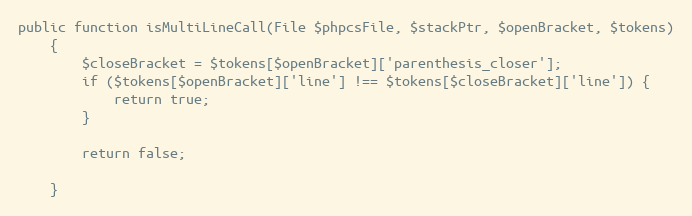
Language: PHP
public function isMultiLineCall(File $phpcsFile, $stackPtr, $openBracket, $tokens)
    {
        $closeBracket = $tokens[$openBracket]['parenthesis_closer'];
        if ($tokens[$openBracket]['line'] !== $tokens[$closeBracket]['line']) {
            return true;
        }

        return false;

    }